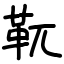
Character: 靰